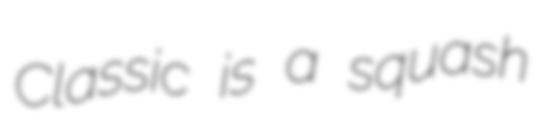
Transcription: Classic is a squash